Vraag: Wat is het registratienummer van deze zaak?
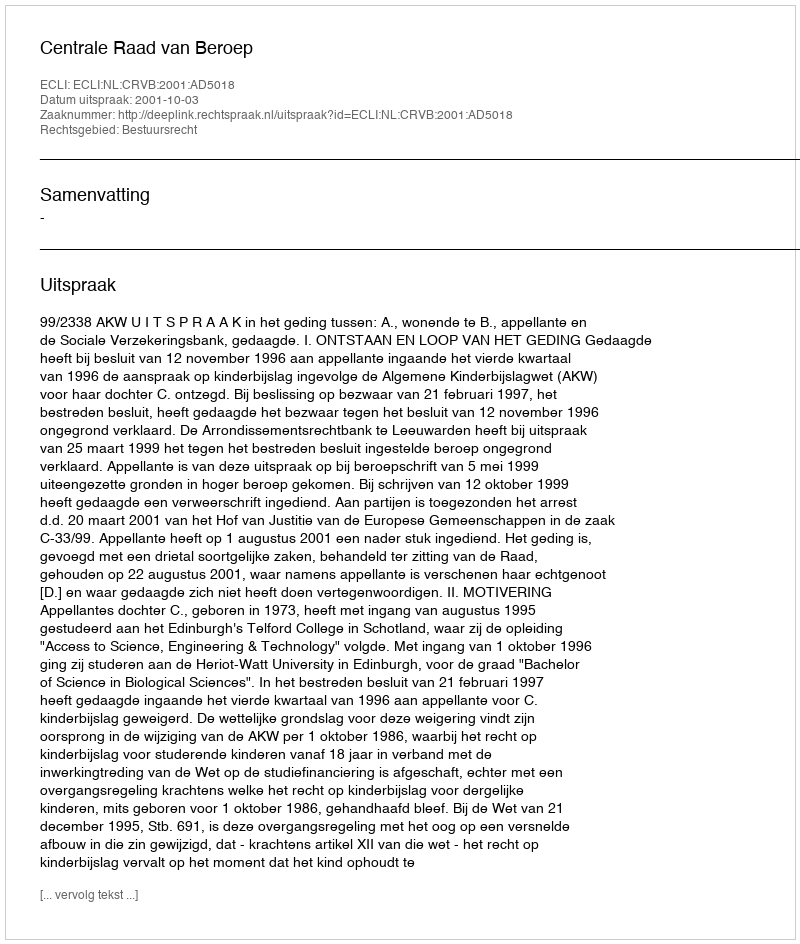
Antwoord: http://deeplink.rechtspraak.nl/uitspraak?id=ECLI:NL:CRVB:2001:AD5018